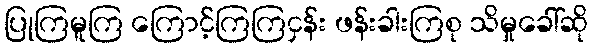
ပြုကြမူကြ ကြောင့်ကြကြငှန်း ဖန်းခါးကြစု သိမှုခေါ်ဆို